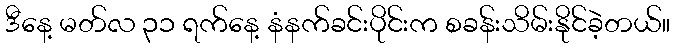
ဒီနေ့ မတ်လ ၃၁ ရက်နေ့ နံနက်ခင်းပိုင်းက စခန်းသိမ်းနိုင်ခဲ့တယ်။